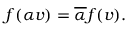
f ( \alpha v ) = { \overline { { \alpha } } } f ( v ) .